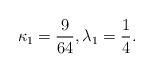
LaTeX: \begin{align*}\kappa_1=\frac{9}{64},\lambda_1=\frac 14.\end{align*}